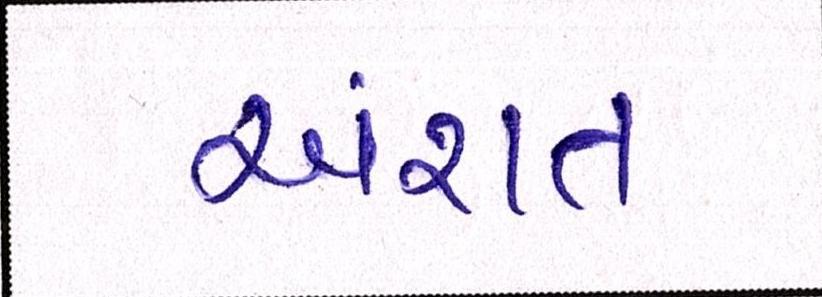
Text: અંશત